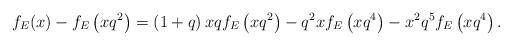
LaTeX: \begin{align*}f_E(x) - f_E \left( xq^2\right) = \left( 1+q\right) xq f_E\left( xq^2\right) - q^2 xf_E\left( xq^4\right)- x^2 q^5 f_E\left( xq^4\right).\end{align*}